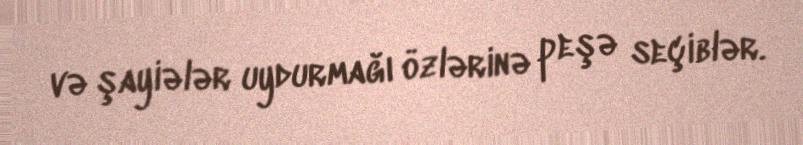
və şayiələr uydurmağı özlərinə peşə seçiblər.